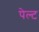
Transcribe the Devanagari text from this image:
पेल्ट